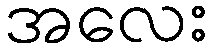
အလေး